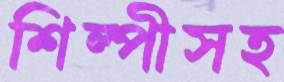
শিল্পীসহ